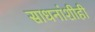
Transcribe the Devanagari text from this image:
साधनांशीही